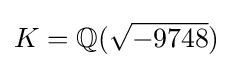
K=\mathbb {Q} ({\sqrt {-9748}})